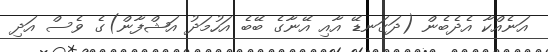
އަނެއްކާ އެދެބެން (ދަގަނޑޭ އާއި އޭނާގެ ބޭބެ އަހުމަދު އަޝްފާން)ގެ ވެސް އަދި